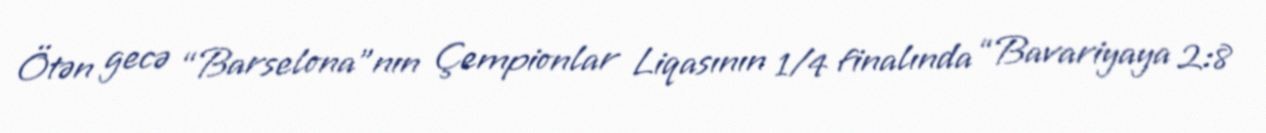
Ötən gecə “Barselona”nın Çempionlar Liqasının 1/4 finalında “Bavariyaya 2:8